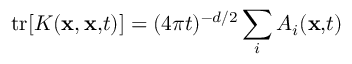
\mathrm { t r } [ K ( { \bf x , x , } t ) ] = ( 4 \pi t ) ^ { - d / 2 } \sum _ { i } A _ { i } ( { \bf x , } t { \bf ) }